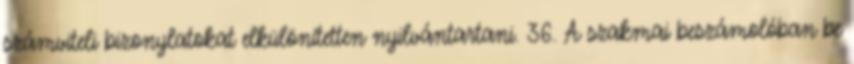
számviteli bizonylatokat elkülönítetten nyilvántartani. 36. A szakmai beszámolóban be